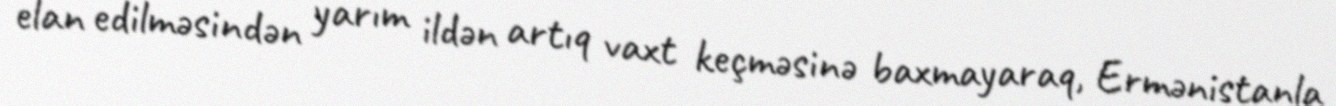
elan edilməsindən yarım ildən artıq vaxt keçməsinə baxmayaraq, Ermənistanla